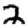
Digit: 2